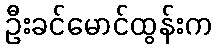
ဦးခင်မောင်ထွန်းက